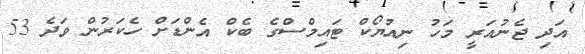
އަދި ޖެނުއަރީ މަހު ނިއުޔޯކް ޓައިމްސްގެ ބެކް އެންޑަށް ހެކަރުން ވަދެ 53